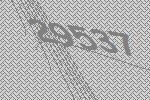
29537